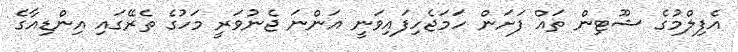
އެފިލްމުގެ ޝޫޓިން ތައް ފަށަން ހަމަޖެހިފައިވަނީ އަންނަ ޖެނުވަރީ މަހުގެ ތެރޭގައި އިންޑިއާގެ